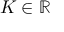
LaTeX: K \in \mathbb { R }